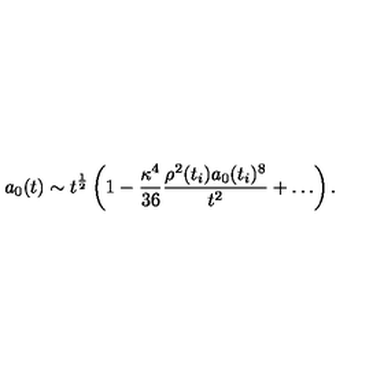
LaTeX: a _ { 0 } ( t ) \sim t ^ { \frac { 1 } { 2 } } \left( 1 - \frac { \kappa ^ { 4 } } { 3 6 } \frac { \rho ^ { 2 } ( t _ { i } ) a _ { 0 } ( t _ { i } ) ^ { 8 } } { t ^ { 2 } } + \ldots \right) .